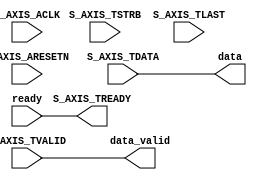
/*
 * StreamIF - AXI4 Memory Mapped to AXI4 Stream Interface Library
 * Copyright (C) 2017 Taner Guven <tanerguven@gmail.com>
 *
 * This library is free software; you can redistribute it and/or
 * modify it under the terms of the GNU Lesser General Public
 * License as published by the Free Software Foundation; either
 * version 2.1 of the License, or (at your option) any later version.
 *
 * This library is distributed in the hope that it will be useful,
 * but WITHOUT ANY WARRANTY; without even the implied warranty of
 * MERCHANTABILITY or FITNESS FOR A PARTICULAR PURPOSE.  See the GNU
 * Lesser General Public License for more details.
 *
 * You should have received a copy of GNU Lesser General Public License
 * along with this library. If not, see <http://www.gnu.org/licenses/>.
 */
`timescale 1 ns / 1 ps

module axi4_stream_reader #
  (
   parameter integer C_S_AXIS_TDATA_WIDTH = 32
   )
  (
   /* axi4-stream ports */
   input wire                                  S_AXIS_ACLK,
   input wire                                  S_AXIS_ARESETN,
   output wire                                 S_AXIS_TREADY,
   input wire [C_S_AXIS_TDATA_WIDTH-1 : 0]     S_AXIS_TDATA,
   input wire [(C_S_AXIS_TDATA_WIDTH/8)-1 : 0] S_AXIS_TSTRB,
   input wire                                  S_AXIS_TLAST,
   input wire                                  S_AXIS_TVALID,
   /* control signals */
   input wire                                  ready,
   output wire                                 data_valid,
   output wire [C_S_AXIS_TDATA_WIDTH-1:0]      data
   // FIXME: data_last
   );

  /* io connections */
  assign S_AXIS_TREADY = ready;
  assign data_valid = S_AXIS_TVALID;
  assign data = S_AXIS_TDATA;

endmodule